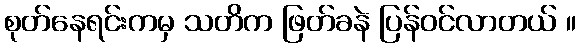
စုတ်နေရင်းကမှ သတိက ဖြတ်ခနဲ ပြန်ဝင်လာတယ် ။